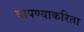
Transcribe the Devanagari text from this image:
वापण्‍याकरिता